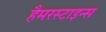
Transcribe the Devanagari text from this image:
हैमरस्टाइन्स